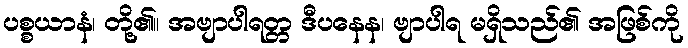
ပစ္စယာနံ၊ တို့၏။ အဗျာပါရတ္တ ဒီပနေန၊ ဗျာပါရ မရှိသည်၏ အဖြစ်ကို